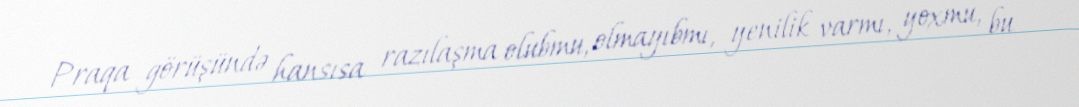
Praqa görüşündə hansısa razılaşma olubmu, olmayıbmı, yenilik varmı, yoxmu, bu